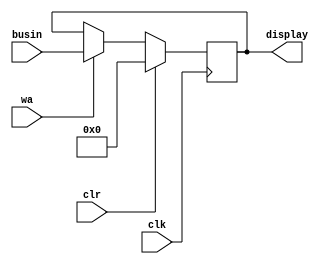
	/**************** OUTPUT REGISTER *****************
	* --used to display computed output
	*  inputs: 7-bit input vector(busin)
	*  	clock(clk), 
	*	control signals:clear(clr), write enable(wa),
	*  output: display...
	***************************************************/

	module outputreg(
	input[7:0] busin,
	input clk, clr, wa,
	output[7:0] display);
	reg[7:0] store;

	assign display=store;

	always@ (posedge clk)
	begin
		if(clr)
			store=8'h00;
		else if(wa)
			store=busin;
	end
	endmodule